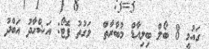
ގައުމީ 8 ބޯލް ބިލިއާޑް މުބާރާތް  ވަގުތު ފޮޓޯ: އަޝްހާދު އަބްދު